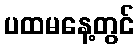
ပထမနေ့တွင်